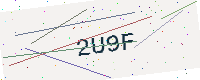
Text: 2U9F